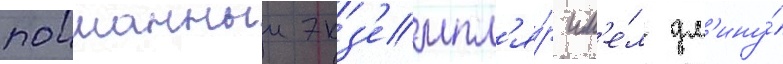
поиманныи экз'емпл'я́р им'е́л дл'ину́